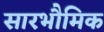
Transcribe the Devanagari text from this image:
सारभौमिक